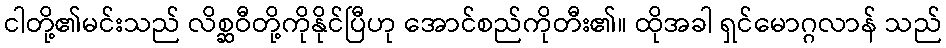
ငါတို့၏မင်းသည် လိစ္ဆဝီတို့ကိုနိုင်ပြီဟု အောင်စည်ကိုတီး၏။ ထိုအခါ ရှင်မောဂ္ဂလာန် သည်